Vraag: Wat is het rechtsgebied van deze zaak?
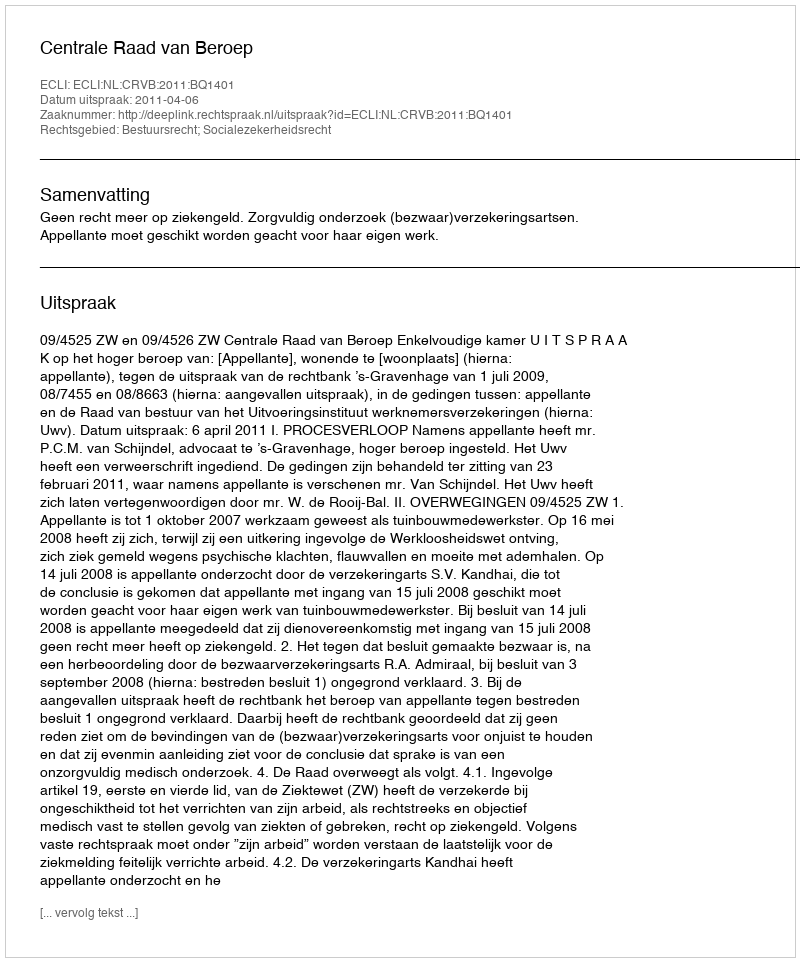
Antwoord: Bestuursrecht; Socialezekerheidsrecht